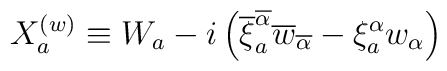
X_a^{(w)} \equiv W_a -i\left( \overline{\xi}^{\overline{\alpha}}_a\overline{w}_{\overline{\alpha}} -\xi^{\alpha}_aw_\alpha \right)